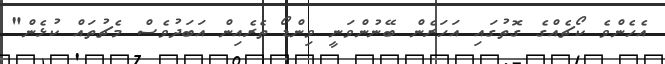
އެހެންވެ ކޯޗެއްގެ ގޮތުގައި އަހަރެން ބޭނުންވަނީ ވިންޑޯ ތެރެއިން އަބަދުވެސް މެޗުތައް ކުޅެން"